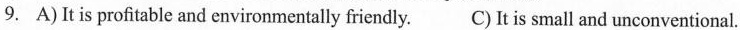
9. A)It is profitable and environmentally friendly. C)It is small and unconventional.